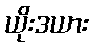
ယိုးဒယား